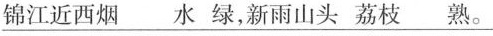
\underline{锦江近西烟 水绿，新雨山头荔枝 熟。}